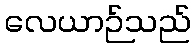
လေယာဉ်သည်